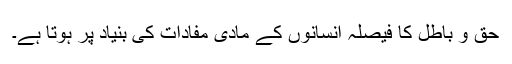
حق و باطل کا فیصلہ انسانوں کے مادی مفادات کی بنیاد پر ہوتا ہے۔